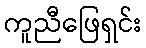
ကူညီဖြေရှင်း